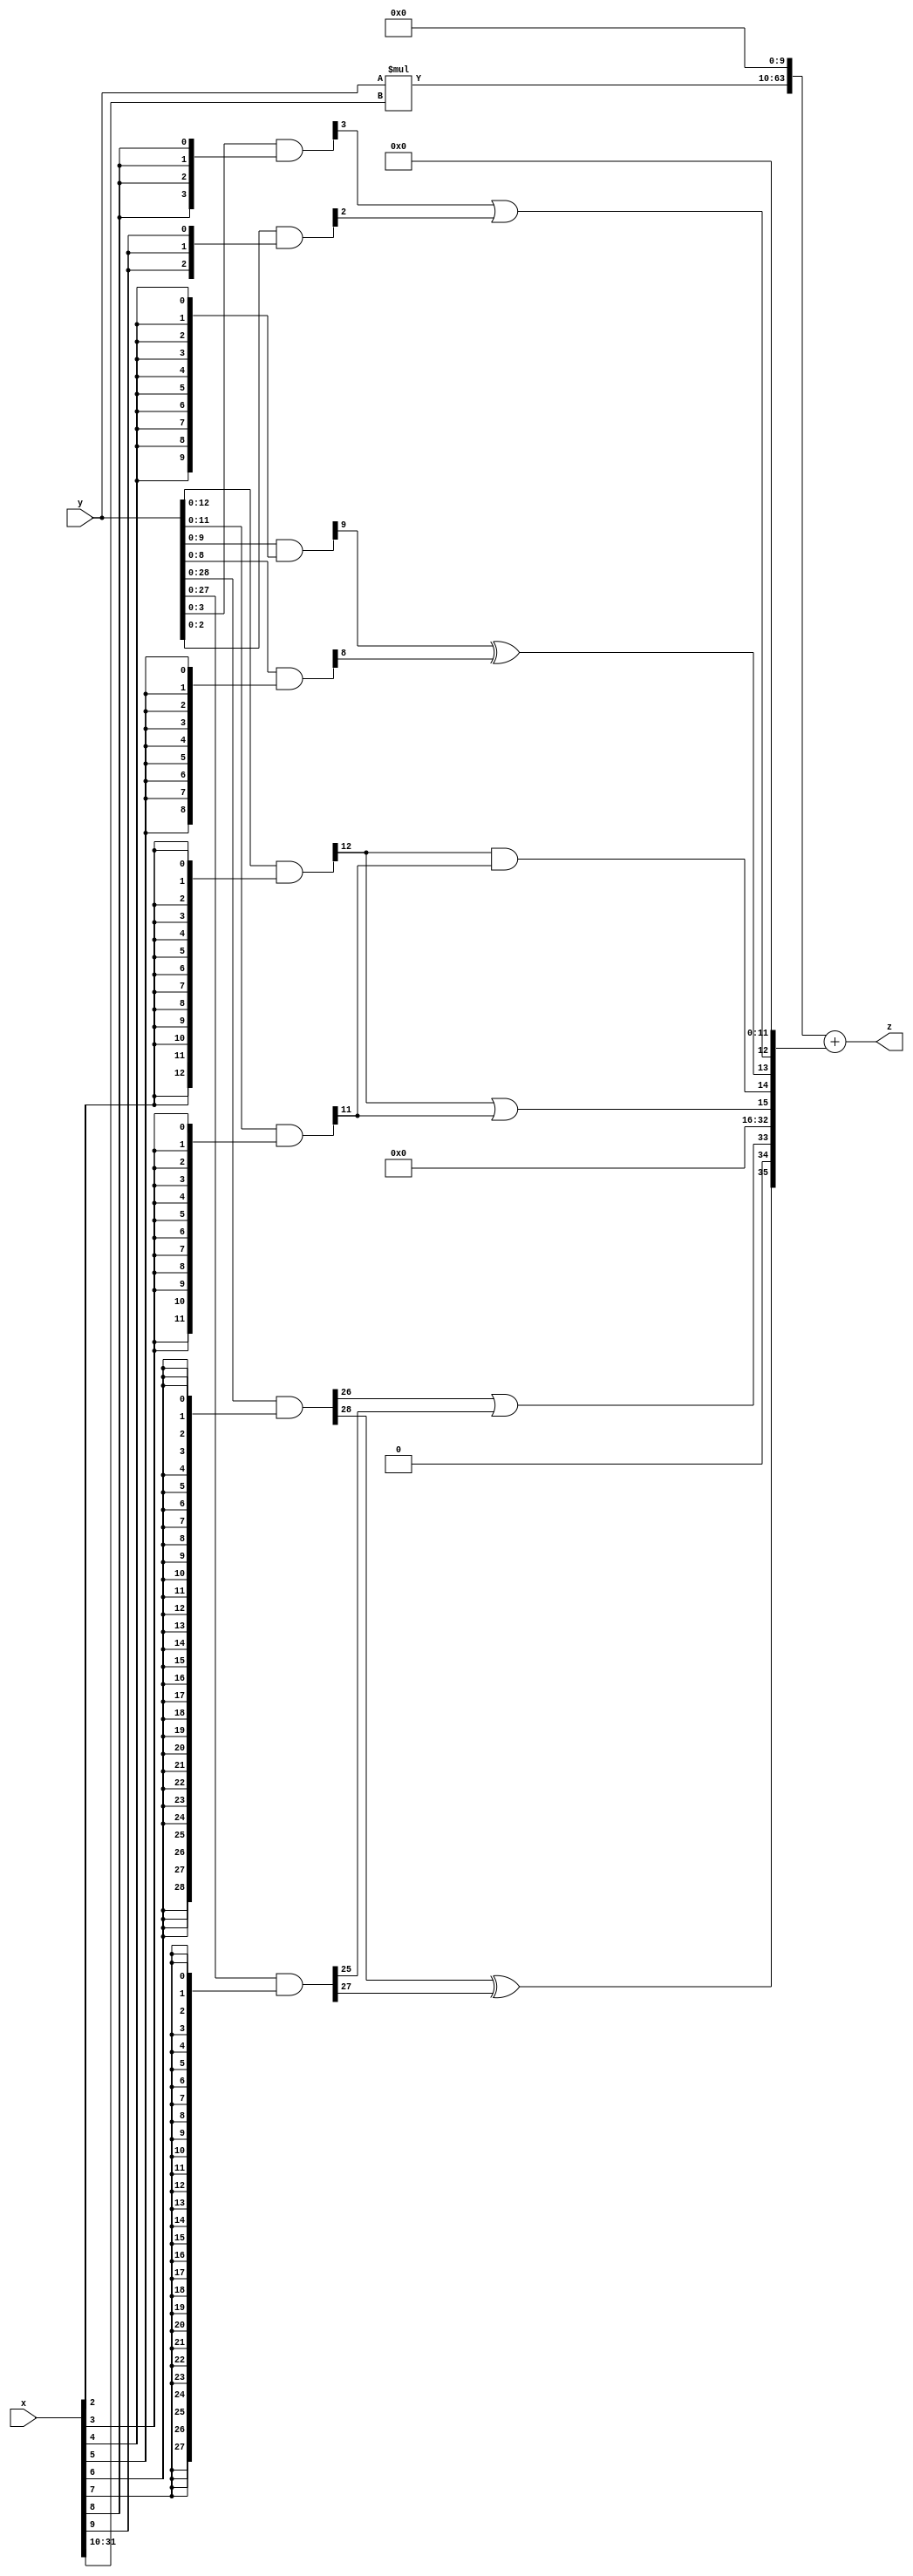
// terms: 6
// fval:  7834703.4958

module unsigned_32x32_l10_lamb100_1 (
	input [31:0] x,
	input [31:0] y,
	output [63:0] z
);

wire [31:0] part1 =  y & {32{x[0]}};
wire [31:0] part2 =  y & {32{x[1]}};
wire [31:0] part3 =  y & {32{x[2]}};
wire [31:0] part4 =  y & {32{x[3]}};
wire [31:0] part5 =  y & {32{x[4]}};
wire [31:0] part6 =  y & {32{x[5]}};
wire [31:0] part7 =  y & {32{x[6]}};
wire [31:0] part8 =  y & {32{x[7]}};
wire [31:0] part9 =  y & {32{x[8]}};
wire [31:0] part10 =  y & {32{x[9]}};
wire [31:0] part11 =  y & {32{x[10]}};
wire [31:0] part12 =  y & {32{x[11]}};
wire [31:0] part13 =  y & {32{x[12]}};
wire [31:0] part14 =  y & {32{x[13]}};
wire [31:0] part15 =  y & {32{x[14]}};
wire [31:0] part16 =  y & {32{x[15]}};
wire [31:0] part17 =  y & {32{x[16]}};
wire [31:0] part18 =  y & {32{x[17]}};
wire [31:0] part19 =  y & {32{x[18]}};
wire [31:0] part20 =  y & {32{x[19]}};
wire [31:0] part21 =  y & {32{x[20]}};
wire [31:0] part22 =  y & {32{x[21]}};
wire [31:0] part23 =  y & {32{x[22]}};
wire [31:0] part24 =  y & {32{x[23]}};
wire [31:0] part25 =  y & {32{x[24]}};
wire [31:0] part26 =  y & {32{x[25]}};
wire [31:0] part27 =  y & {32{x[26]}};
wire [31:0] part28 =  y & {32{x[27]}};
wire [31:0] part29 =  y & {32{x[28]}};
wire [31:0] part30 =  y & {32{x[29]}};
wire [31:0] part31 =  y & {32{x[30]}};
wire [31:0] part32 =  y & {32{x[31]}};

wire [35:0] new_part1;
assign new_part1[0] = 0;
assign new_part1[1] = 0;
assign new_part1[2] = 0;
assign new_part1[3] = 0;
assign new_part1[4] = 0;
assign new_part1[5] = 0;
assign new_part1[6] = 0;
assign new_part1[7] = 0;
assign new_part1[8] = 0;
assign new_part1[9] = 0;
assign new_part1[10] = 0;
assign new_part1[11] = 0;
assign new_part1[12] = part9[3] | part10[2];
assign new_part1[13] = part5[9] ^ part6[8];
assign new_part1[14] = part3[12] & part4[11];
assign new_part1[15] = part3[12] | part4[11];
assign new_part1[16] = 0;
assign new_part1[17] = 0;
assign new_part1[18] = 0;
assign new_part1[19] = 0;
assign new_part1[20] = 0;
assign new_part1[21] = 0;
assign new_part1[22] = 0;
assign new_part1[23] = 0;
assign new_part1[24] = 0;
assign new_part1[25] = 0;
assign new_part1[26] = 0;
assign new_part1[27] = 0;
assign new_part1[28] = 0;
assign new_part1[29] = 0;
assign new_part1[30] = 0;
assign new_part1[31] = 0;
assign new_part1[32] = 0;
assign new_part1[33] = part7[26] | part8[25];
assign new_part1[34] = 0;
assign new_part1[35] = part7[28] ^ part8[27];

wire [53:0] tmp_z = y*x[31:10];

assign z = {tmp_z, 10'd 0} + new_part1;

endmodule